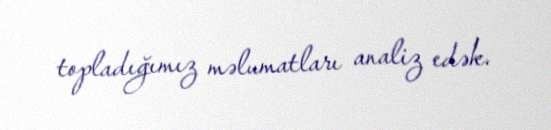
topladığımız məlumatları analiz edək.